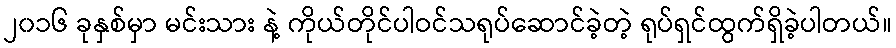
၂၀၁၆ ခုနှစ်မှာ မင်းသား နဲ့ ကိုယ်တိုင်ပါဝင်သရုပ်ဆောင်ခဲ့တဲ့ ရုပ်ရှင်ထွက်ရှိခဲ့ပါတယ်။